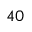
4 0